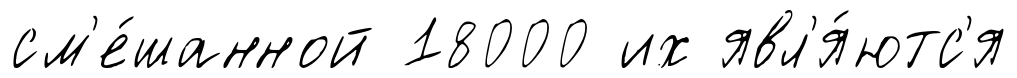
см'е́шанной 18000 их явл'я́ютс'я